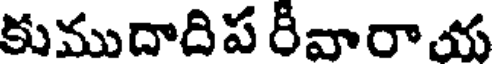
కుముదాదిప రివారాయ